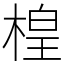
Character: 楻